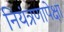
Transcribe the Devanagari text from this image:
नियंत्रणापेक्षा